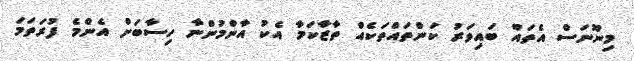
މިނޫނަސް އެތައް ބައިވަރު ކަންތައްތަކެއް ތާޒާކަމާ އެކު އާންމުންނާ ހިސާބަށް އެންމެ ފުރަތަމަ